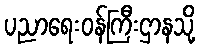
ပညာရေးဝန်ကြီးဌာနသို့